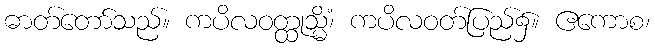
ဓာတ်တော်သည်။ ကပိလဝတ္ထုသ္မိံ၊ ကပိလဝတ်ပြည်၌။ ဧကောစ၊